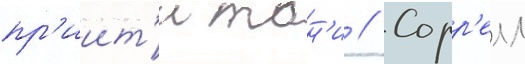
пр'иит'и тон'и // Сорр'елл